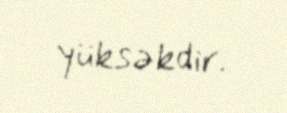
yüksəkdir.